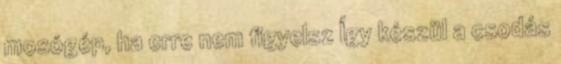
mosógép, ha erre nem figyelsz Így készül a csodás